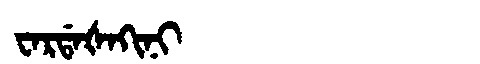
Manchu: ᠸᠠᡵᡩᠠᡧᠠᡴᡳᠨᡳ
Romanization: WARDAŠAKINI